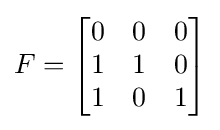
F={\begin{bmatrix}0&0&0\\1&1&0\\1&0&1\end{bmatrix}}